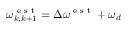
\omega _ { k , k + 1 } ^ { \textrm { e s t } } = \Delta \omega ^ { \textrm { e s t } } + \omega _ { d }